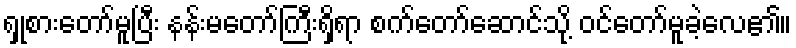
ရှုစားတော်မူပြီး နန်းမတော်ကြီးရှိရာ စက်တော်ဆောင်သို့ ဝင်တော်မူခဲ့လေ၏။